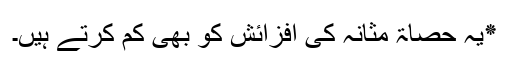
٭یہ حصاۃ مثانہ کی افزائش کو بھی کم کرتے ہیں۔